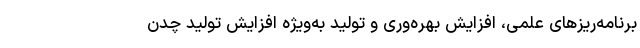
برنامه‌ریزهای علمی، افزایش بهره‌وری و تولید به‌ویژه افزایش تولید چدن